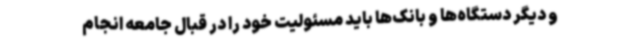
و دیگر دستگاه‌ها و بانک‌ها باید مسئولیت خود را در قبال جامعه انجام